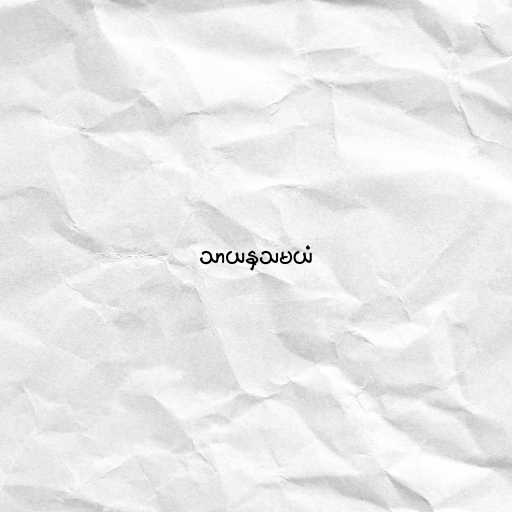
သာယနှသမယံ